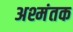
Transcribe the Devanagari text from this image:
अश्मंतक